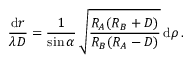
{ \frac { \mathrm { d } \boldsymbol r } { \lambda D } } = { \frac { 1 } { \sin \alpha } } \, \sqrt { \frac { R _ { A } ( R _ { B } + D ) } { R _ { B } ( R _ { A } - D ) } } \, \mathrm { d } \boldsymbol \rho \, .